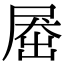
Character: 𡲗